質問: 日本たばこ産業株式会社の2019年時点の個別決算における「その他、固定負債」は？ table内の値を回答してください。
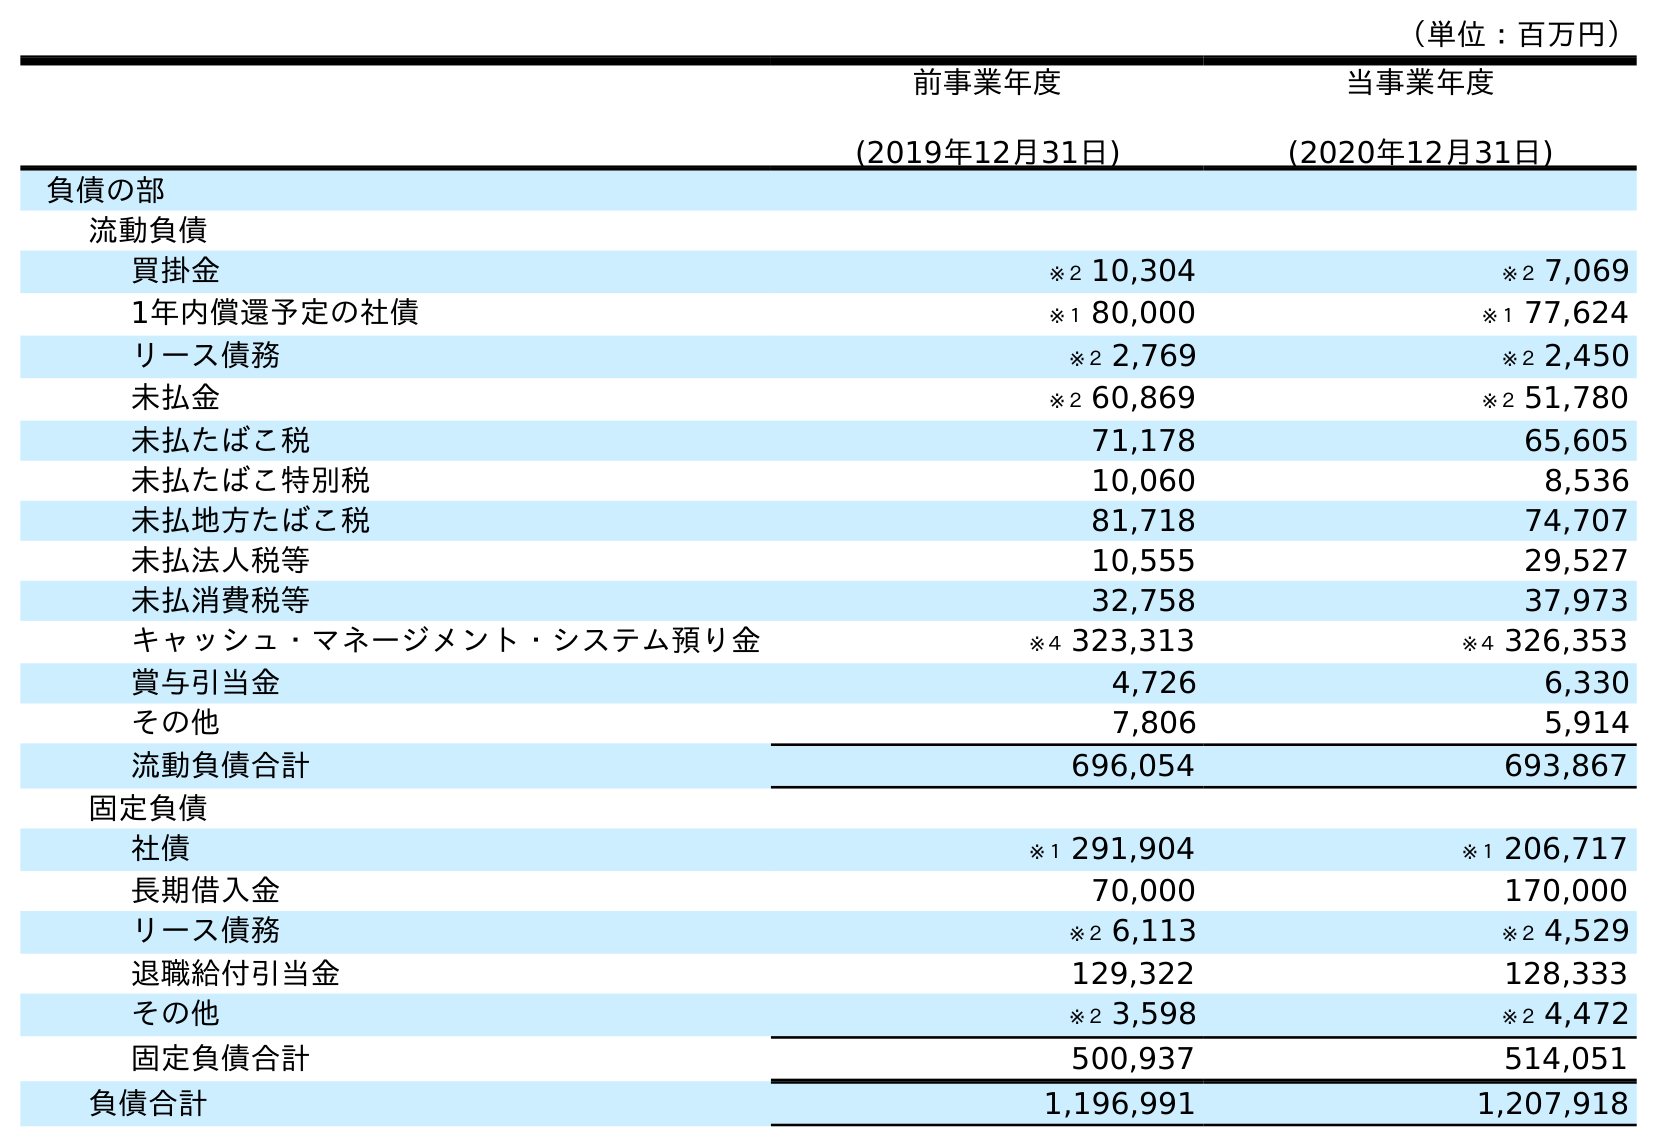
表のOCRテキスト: （単位：百万円） 前事業年度 (2019年12月31日) 当事業年度 (2020年12月31日) 負債の部 流動負債 買掛金 ※２ 10,304 ※２ 7,069 1年内償還予定の社債 ※１ 80,000 ※１ 77,624 リース債務 ※２ 2,769 ※２ 2,450 未払金 ※２ 60,869 ※２ 51,780 未払たばこ税 71,178 65,605 未払たばこ特別税 10,060 8,536 未払地方たばこ税 81,718 74,707 未払法人税等 10,555 29,527 未払消費税等 32,758 37,973 キャッシュ・マネージメント・システム預り金 ※４ 323,313 ※４ 326,353 賞与引当金 4,726 6,330 その他 7,806 5,914 流動負債合計 696,054 693,867 固定負債 社債 ※１ 291,904 ※１ 206,717 長期借入金 70,000 170,000 リース債務 ※２ 6,113 ※２ 4,529 退職給付引当金 129,322 128,333 その他 ※２ 3,598 ※２ 4,472 固定負債合計 500,937 514,051 負債合計 1,196,991 1,207,918
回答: ※２3,598